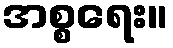
အစ္စရေး။